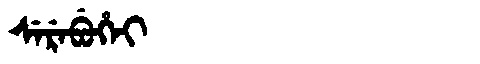
Manchu: ᠰᡝᡵᡝᠪᡠᡥᡝᡳ
Romanization: SEREBUHEI